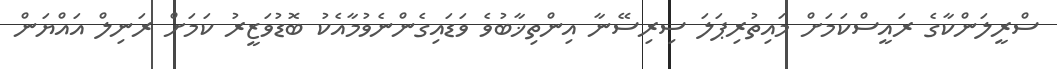
ސްރީލަންކާގެ ރައީސްކަމަށް މައިތުރިޕަލަ ސިރިސޭނާ އިންތިޚާބުވެ ވަޑައިގެންނެވުމާއެކު ބޮޑުވަޒީރު ކަމަށް ރަނިލް އައްޔަން